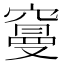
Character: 𥧭